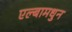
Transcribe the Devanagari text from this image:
एल्बामधुन